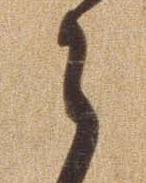
ら